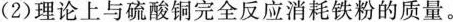
(2)理论上与硫酸铜完全反应消耗铁粉的质量。